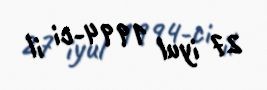
27 iyul 1994-ci il